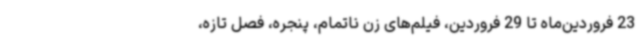
23 فروردین‌ماه تا 29 فروردین، فیلم‌های زن ناتمام، پنجره، فصل تازه،